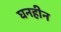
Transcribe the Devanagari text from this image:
घनहीन